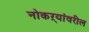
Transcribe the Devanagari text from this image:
नोकऱ्यांवरील